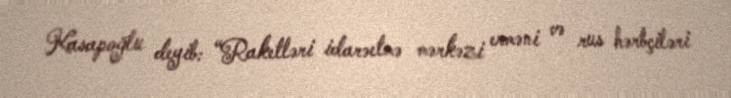
Kasapoğlu deyib: “Raketləri idarəetmə mərkəzi erməni və rus hərbçiləri